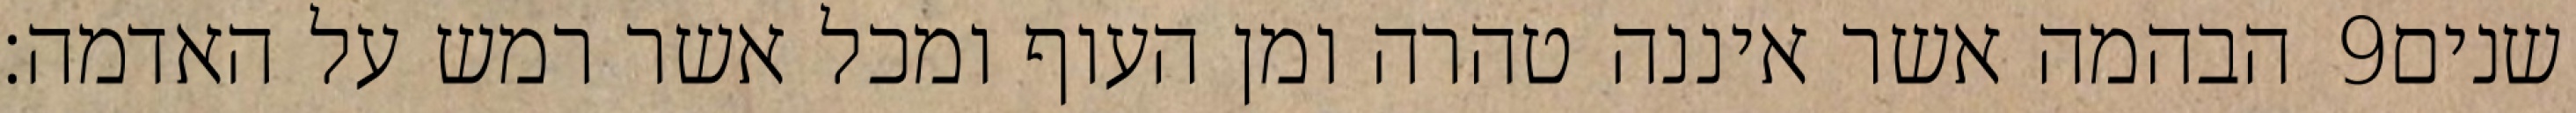
הבהמה אשר איננה טהרה ומן העוף ומכל אשר רמש על האדמה׃ ‎9‏ שנים